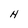
Character: H